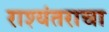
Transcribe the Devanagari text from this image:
राश्यंतराचा